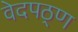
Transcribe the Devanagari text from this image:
वेदपठ्ण